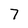
Character: 7